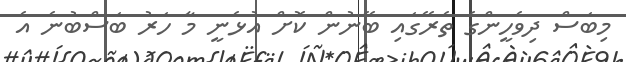
މިބަސް ދިވެހީންގެ ތެރޭގައި ބޭނުން ކޮށް އުޅެނީ މާ ހަރު ބަސްބުނެ އެ